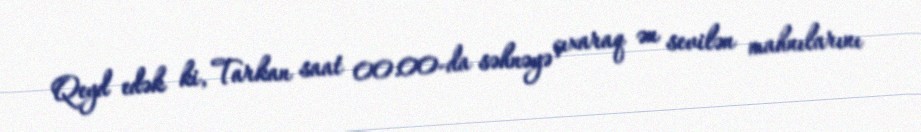
Qeyd edək ki, Tarkan saat 00:00-da səhnəyə çıxaraq ən sevilən mahnılarını